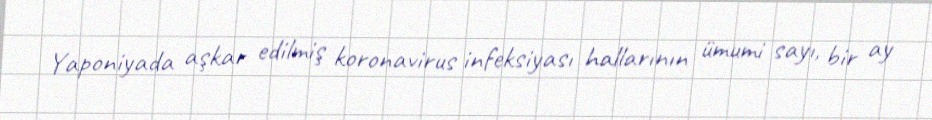
Yaponiyada aşkar edilmiş koronavirus infeksiyası hallarının ümumi sayı, bir ay